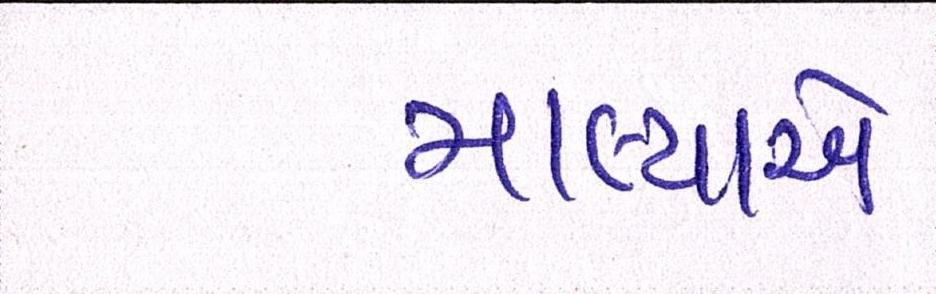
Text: માલ્યાએ